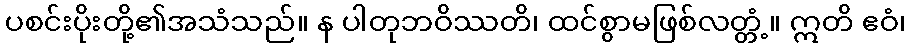
ပစင်းပိုးတို့၏အသံသည်။ န ပါတုဘဝိဿတိ၊ ထင်စွာမဖြစ်လတ္တံ့။ ဣတိ ဧဝံ၊